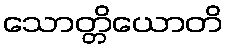
သောတ္တိယောတိ